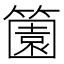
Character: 𬕶